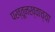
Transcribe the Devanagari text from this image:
पख्तूनख्वाच्या